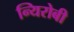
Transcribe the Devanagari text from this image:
न्यिरोबी